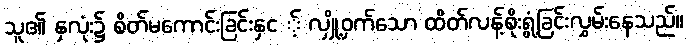
သူ၏ နှလုံး၌ စိတ်မကောင်းခြင်းနှင ့် လျှို့ဝှက်သော ထိတ်လန့်စိုးရွံ့ခြင်းလွှမ်းနေသည်။